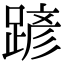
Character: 𨂪